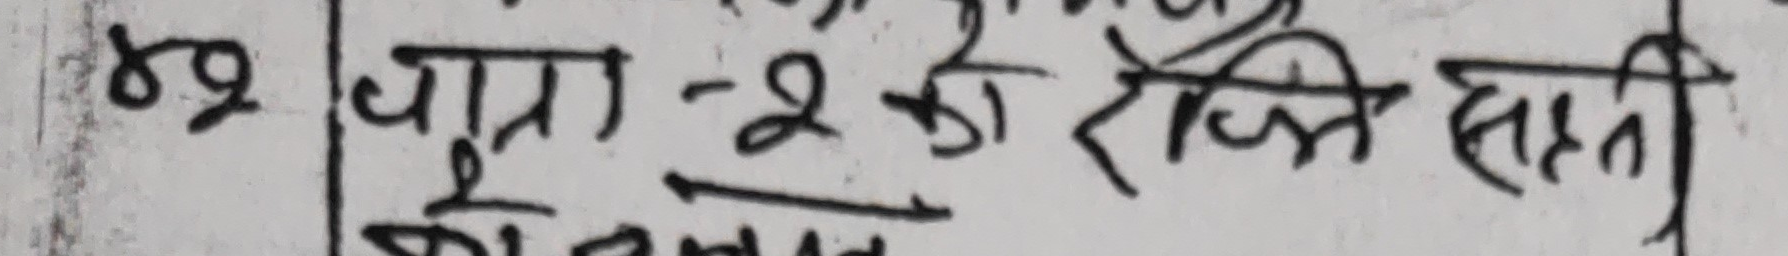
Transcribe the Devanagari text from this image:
४२ छात्रा -२ को रेजि सहती